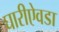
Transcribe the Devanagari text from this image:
घारीऐवडा